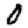
Digit: 0